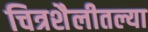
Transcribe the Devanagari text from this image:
चित्रशैलीतल्या